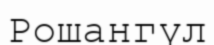
Рошангүл